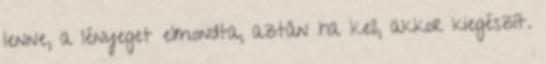
lenne, a lényeget elmondta, aztán ha kell, akkor kiegészít.